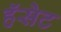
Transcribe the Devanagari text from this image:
हॅसेट